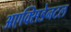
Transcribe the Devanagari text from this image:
अएक्सिडेनटल